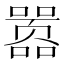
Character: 嚣